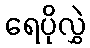
ရေပိုလွှဲ